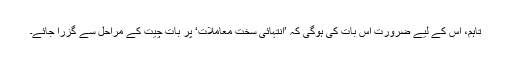
تاہم، اِس کے لیے ضرورت اِس بات کی ہوگی کہ ’انتہائی سخت معاملات‘ پر بات چیت کے مراحل سے گزرا جائے۔